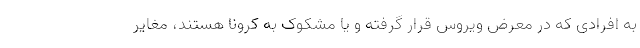
به افرادی که در معرض ویروس قرار گرفته و یا مشکوک به کرونا هستند، مغایر